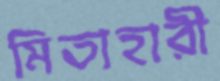
মিতাহারী